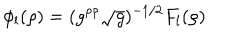
LaTeX: \phi _ { l } ( \rho ) = ( g ^ { \rho \rho } \sqrt { g } ) ^ { - 1 / 2 } F _ { l } ( \rho )